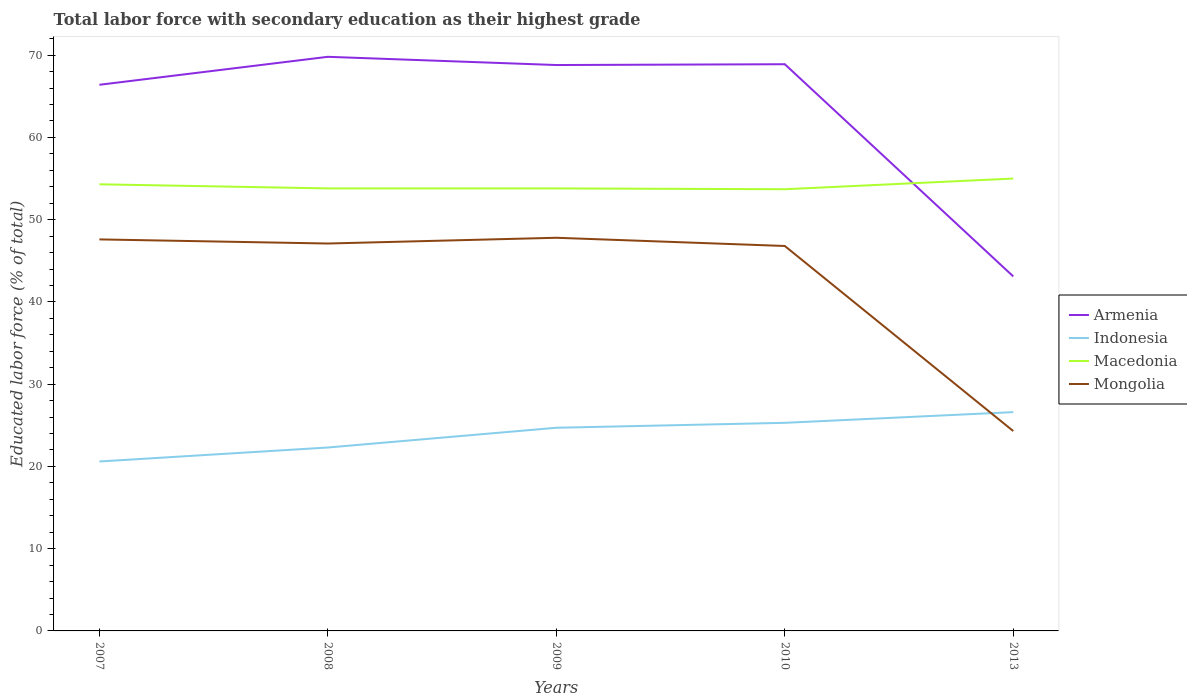
| Years | Armenia | Indonesia | Macedonia | Mongolia |
 | --- | --- | --- | --- | --- |
 | 2007 | 66.4 | 20.6 | 54.3 | 47.6 |
 | 2008 | 69.8 | 22.3 | 53.8 | 47.1 |
 | 2009 | 68.8 | 24.7 | 53.8 | 47.8 |
 | 2010 | 68.9 | 25.3 | 53.7 | 46.8 |
 | 2013 | 43.1 | 26.6 | 55 | 24.3 |